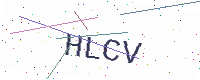
Text: HLCV